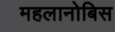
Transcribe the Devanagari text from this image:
महलानोबिस